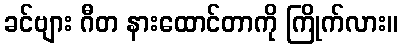
ခင်ဗျား ဂီတ နားထောင်တာကို ကြိုက်လား။